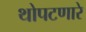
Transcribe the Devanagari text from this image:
थोपटणारे